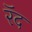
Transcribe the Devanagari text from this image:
रॅद